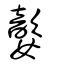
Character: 嬜